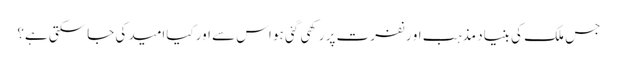
جس ملک کی بنیاد مذہب او رنفرت پر رکھی گئی ہو اس سے اور کیاامید کی جاسکتی ہے؟